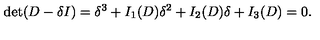
\det ( D - \delta I ) = \delta ^ { 3 } + I _ { 1 } ( D ) \delta ^ { 2 } + I _ { 2 } ( D ) \delta + I _ { 3 } ( D ) = 0 .